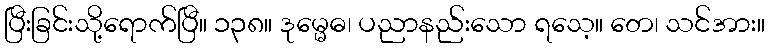
ပြီးခြင်းသို့ရောက်ပြီ။ ၁၃၈။ ဒုမ္မေဓ၊ ပညာနည်းသော ရသေ့။ တေ၊ သင်အား။